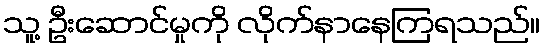
သူ့ ဦးဆောင်မှုကို လိုက်နာနေကြရသည်။